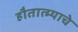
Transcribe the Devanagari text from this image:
हौतात्म्याचे